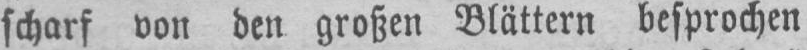
scharf von den großen Blättern besprochen